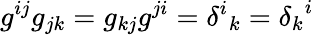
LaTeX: g^{ij}g_{jk}=g_{kj}g^{ji}={\delta^{i}}_{k}={\delta_{k}}^{i}